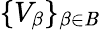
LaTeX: \{ V_{\beta}\} _{\beta\in\mathit{B}}